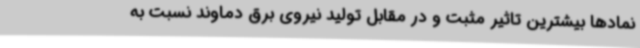
نمادها بیشترین تاثیر مثبت و در مقابل تولید نیروی برق دماوند نسبت به